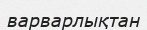
варварлықтан